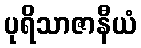
ပုရိသာဇာနီယံ